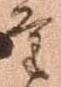
量